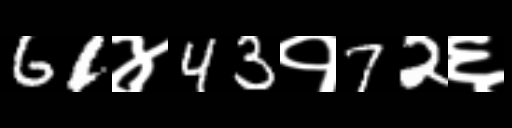
Text: 61४43१72६